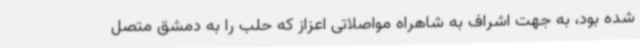
شده بود، به جهت اشراف به شاهراه مواصلاتی اعزاز که حلب را به دمشق متصل